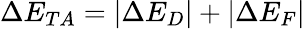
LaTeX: \Delta E_{TA}=|\Delta E_{D}|+|\Delta E_{F}|